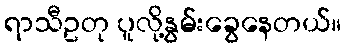
ရာသီဥတု ပူလို့နွမ်းခွေနေတယ်။